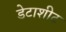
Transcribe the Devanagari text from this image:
डेटाशीट